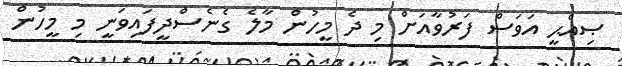
ޞިއްޙީ އަވަސް ފަރުވާއަށް މި ދެ މީހުން މާލެ ގެނެސްދީފައިވަނީ މި މީހުން